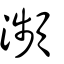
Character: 瀕